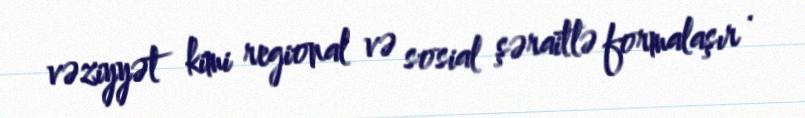
vəziyyət kimi regional və sosial şəraitlə formalaşır .